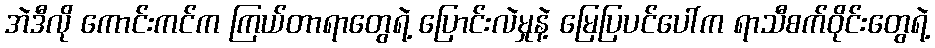
အဲဒီလို ကောင်းကင်က ကြယ်တာရာတွေရဲ့ ပြောင်းလဲမှုနဲ့ မြေပြပင်ပေါ်က ရာသီစက်ဝိုင်းတွေရဲ့